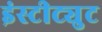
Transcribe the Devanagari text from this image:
इंस्‍टीट्युट